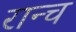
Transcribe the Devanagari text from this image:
रान्च